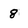
Character: 8